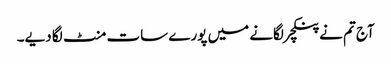
آج تم نے پنکچر لگانے میں پورے سات منٹ لگا دیے۔